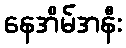
နေအိမ်အနီး